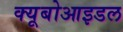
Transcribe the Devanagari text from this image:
क्यूबोआइडल